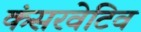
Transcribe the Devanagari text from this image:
कंसरवेटिव